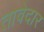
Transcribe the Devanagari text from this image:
तावेदार